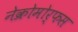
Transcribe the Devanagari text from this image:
नेक्रोमोर्फस